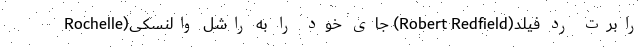
رابرت رد فیلد(Robert Redfield) جای خود را به راشل والنسکی(Rochelle